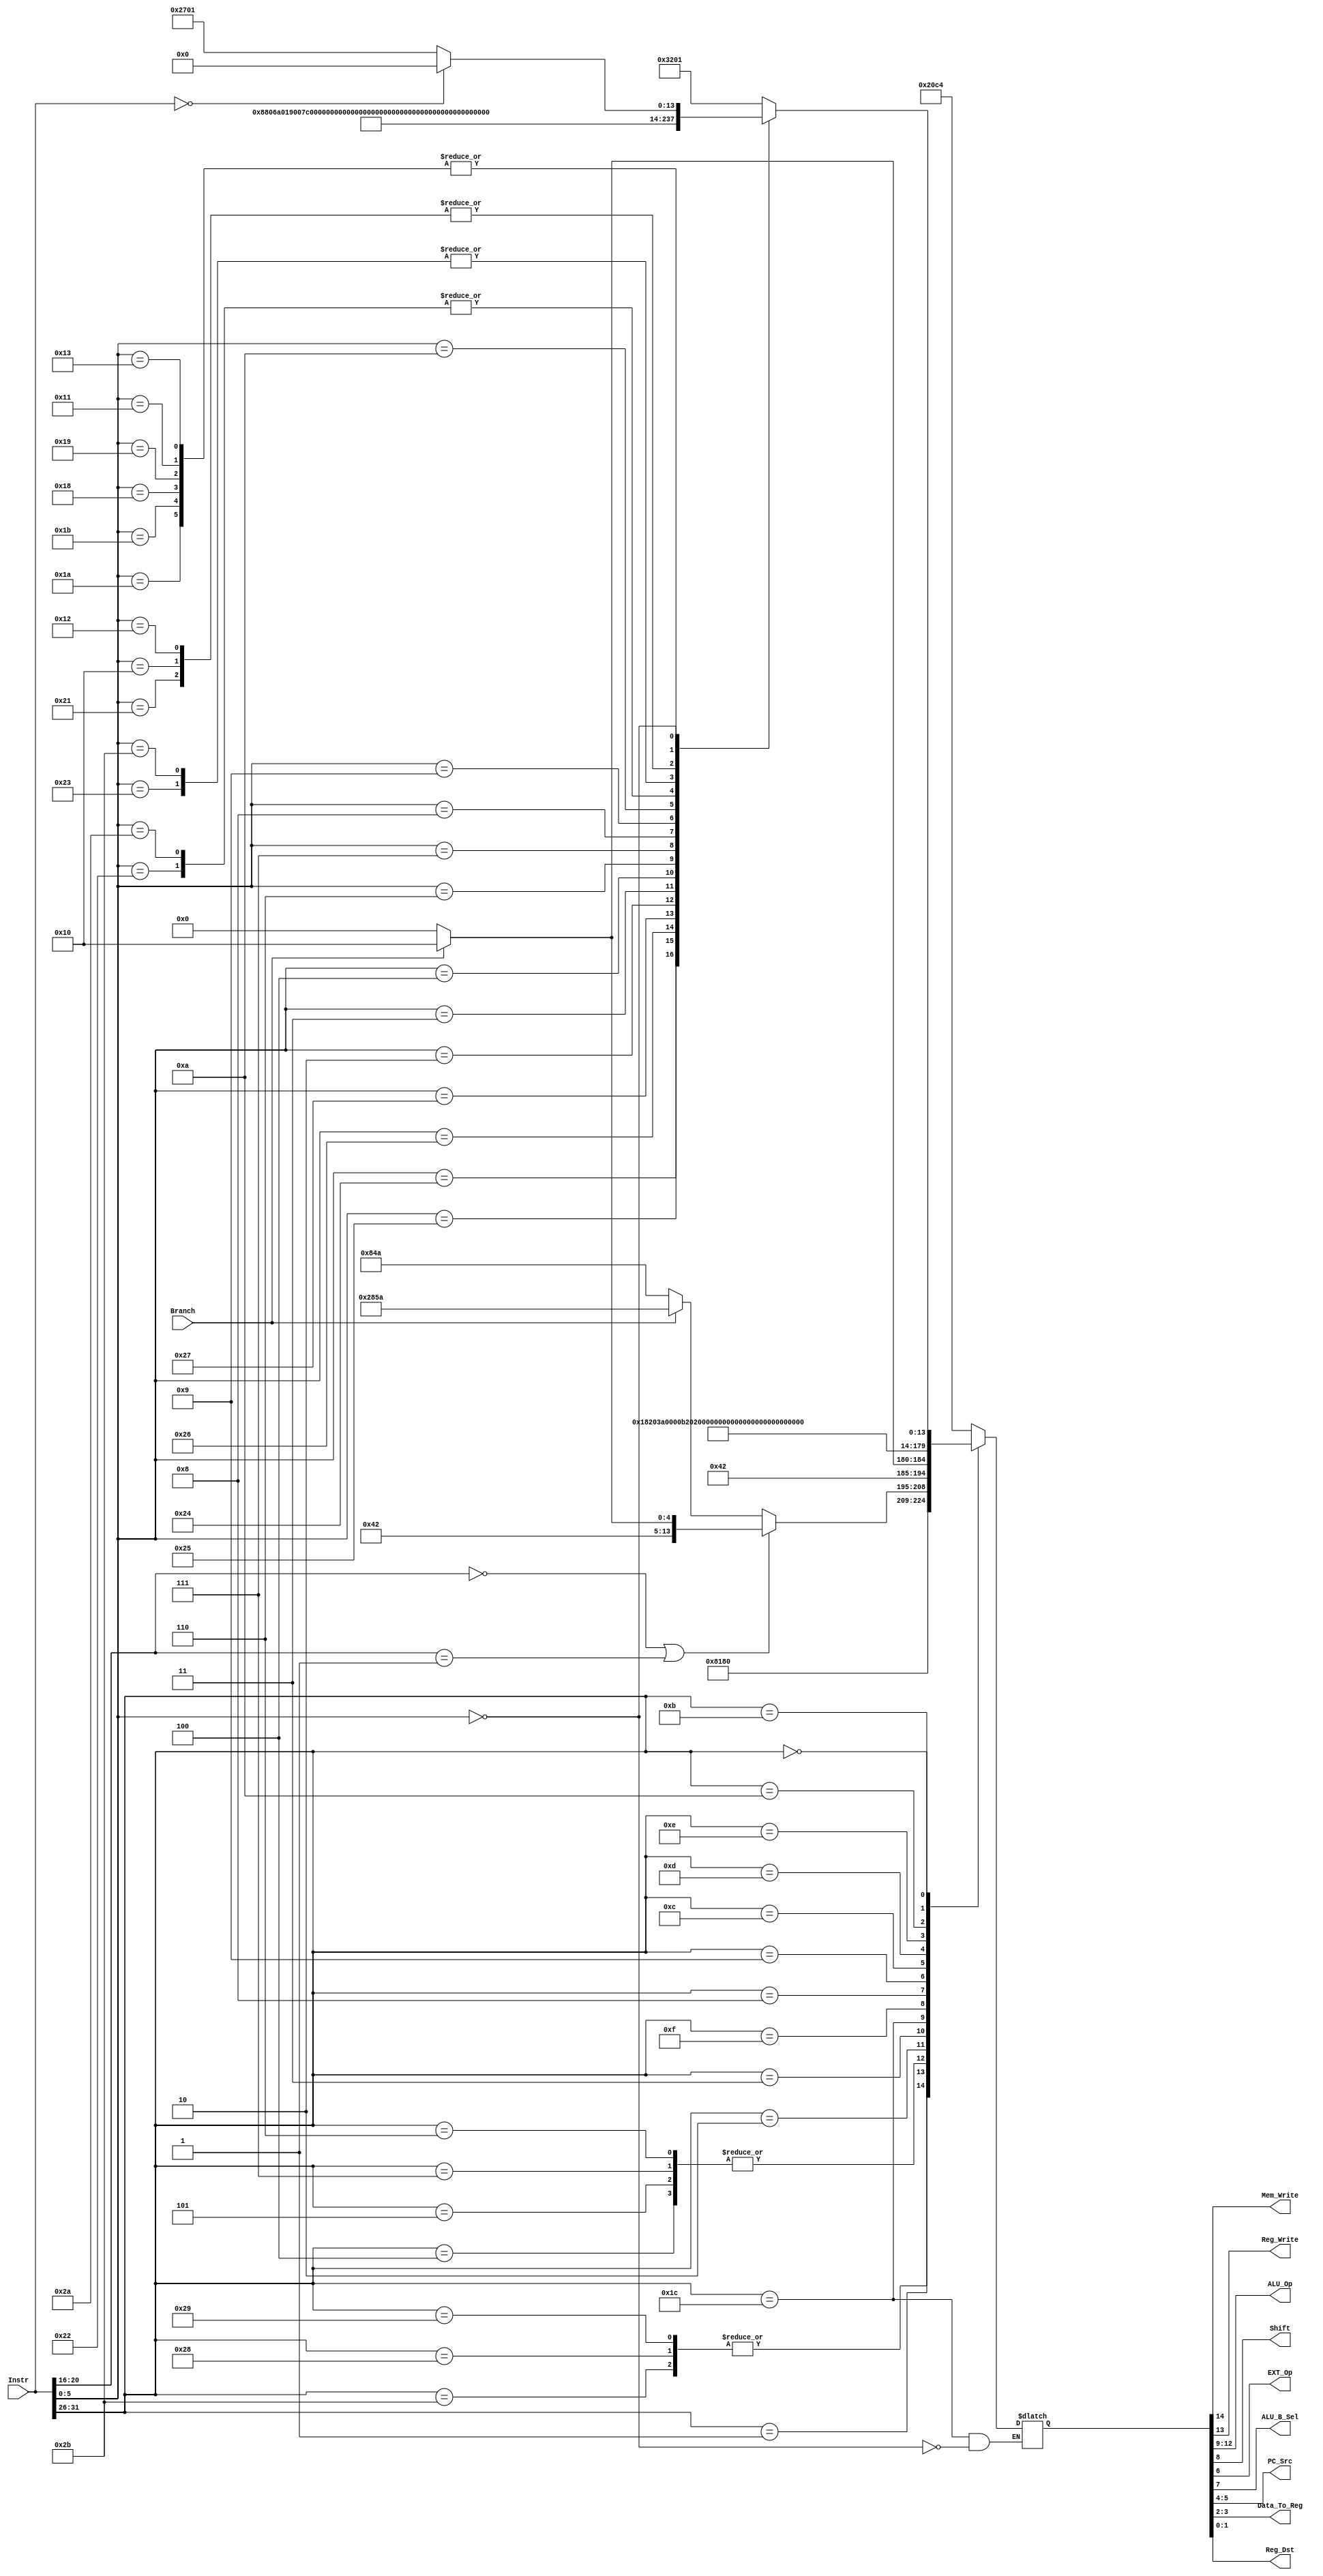
`timescale 1ns / 1ps
//////////////////////////////////////////////////////////////////////////////////
// Company: 
// Engineer: 
// 
// Design Name: 
// Module Name:    ctrl 
// Project Name: 
// Target Devices: 
// Tool versions: 
// Description: 
//
// Dependencies: 
//
// Revision: 
// Revision 0.01 - File Created
// Additional Comments: 
//
//////////////////////////////////////////////////////////////////////////////////
module ctrl(
    input  [31:0] Instr,
    input  Branch,
    output Mem_Write,
    output Reg_Write,
    output [3:0] ALU_Op,
    output Shift,
	 output EXT_Op,
    output ALU_B_Sel,
    output [1:0] PC_Src,
    output [1:0] Data_To_Reg,
    output [1:0] Reg_Dst
    );
	 wire [5:0] Op		= Instr[31:26];
	 wire [5:0] Func	= Instr[5:0];
	 wire [4:0] Id		= Instr[20:16];
	 reg [14:0] control;
	 assign {Mem_Write,Reg_Write,ALU_Op,Shift,ALU_B_Sel, EXT_Op, PC_Src, Data_To_Reg, Reg_Dst} = control;
	 always @(*) begin
		case(Op)
			6'b100011 : control <= 15'b0_1_0000_0_1_1_00_01_00;//lw
			6'b100000 : control <= 15'b0_1_0000_0_1_1_00_01_00;//lb
			6'b100100 : control <= 15'b0_1_0000_0_1_1_00_01_00;//lbu
			6'b100001 : control <= 15'b0_1_0000_0_1_1_00_01_00;//lh
			6'b100101 : control <= 15'b0_1_0000_0_1_1_00_01_00;//lhu
			6'b101011 : control <= 15'b1_0_0000_0_1_1_00_00_00;//sw
			6'b101000 : control <= 15'b1_0_0000_0_1_1_00_00_00;//sb
			6'b101001 : control <= 15'b1_0_0000_0_1_1_00_00_00;//sh
			
			
			6'b000100 : begin
						  if(Branch) 
								control <= 15'b0_0_0100_0_0_1_01_00_00;
					     else   
								control <= 15'b0_0_0100_0_0_1_00_00_00; //beq
						  end
			6'b000101 :if(Branch) control <= 15'b0_0_0100_0_0_1_01_00_00; 
						  else   control <= 15'b0_0_0100_0_0_1_00_00_00; //bne
			6'b000111 :if(Branch) control <= 15'b0_0_0100_0_0_1_01_00_00; 
						  else   control <= 15'b0_0_0100_0_0_1_00_00_00; //bgtz 
			6'b000001 : begin
				if(Id == 5'b00000 || Id == 5'b00001) begin
							if(Branch) 
								control <= 15'b0_0_0100_0_0_1_01_00_00; 
					      else   
								control <= 15'b0_0_0100_0_0_1_00_00_00; //bgez & bltz
				end
				else
							if(Branch) 
								control <= 15'b0_1_0100_0_0_1_01_10_10; 
					      else   
								control <= 15'b0_0_0100_0_0_1_00_10_10; //bgezal & bltzal
				end
			6'b000110 :if(Branch) control <= 15'b0_0_0100_0_0_1_01_00_00; 
					     else   control <= 15'b0_0_0100_0_0_1_00_00_00; //blez
	
					
			//Mem_Write,Reg_Write,ALU_Op,Shift,ALU_B_Sel, EXT_Op, PC_Src, Data_To_Reg, Reg_Dst 
			6'b000010 : control <= 15'b0_0_0000_0_0_0_11_00_00;//j
			6'b000011 : control <= 15'b0_1_0000_0_0_0_11_10_10;//jal
			
			6'b011100 : begin 
								if(Func==6'b000000) control <= 15'b0_0_0000_0_0_0_00_00_00;//madd
							end
			
			
			6'b001111 : control <= 15'b0_1_0110_0_1_0_00_00_00;//lui
			6'b001000 : control <= 15'b0_1_1001_0_1_1_00_00_00;//addi
			6'b001001 : control <= 15'b0_1_0000_0_1_1_00_00_00;//addiu
			6'b001100 : control <= 15'b0_1_0001_0_1_0_00_00_00;//andi
			6'b001101 : control <= 15'b0_1_0101_0_1_0_00_00_00;//ori
			6'b001110 : control <= 15'b0_1_0010_0_1_0_00_00_00;//xori
			
			6'b001010 : control <= 15'b0_1_0100_0_1_1_00_00_00;//slti
		   6'b001011 : control <= 15'b0_1_1000_0_1_1_00_00_00;//sltiu
			
			
			6'b000000 : //R
			    begin
					case(Func)
					   //Mem_Write,Reg_Write,ALU_Op,Shift,ALU_B_Sel, EXT_Op, PC_Src, Data_To_Reg, Reg_Dst 
					   
						6'b100000 : control <= 15'b0_1_1001_0_0_0_00_00_01;//add
						6'b100001 : control <= 15'b0_1_0000_0_0_0_00_00_01;//addu
						6'b100010 : control <= 15'b0_1_0100_0_0_0_00_00_01;//sub
						6'b100011 : control <= 15'b0_1_1000_0_0_0_00_00_01;//subu
						6'b100100 : control <= 15'b0_1_0001_0_0_0_00_00_01;//and
						6'b100101 : control <= 15'b0_1_0101_0_0_0_00_00_01;//or
						6'b100110 : control <= 15'b0_1_0010_0_0_0_00_00_01;//xor						
						6'b100111 : control <= 15'b0_1_1110_0_0_0_00_00_01;//nor
						
						
						6'b000010 : control <= 15'b0_1_0111_1_0_0_00_00_01;//srl
						6'b000011 : control <= 15'b0_1_1111_1_0_0_00_00_01;//sra
						6'b000100 : control <= 15'b0_1_0011_0_0_0_00_00_01;//sllv
						6'b000110 : control <= 15'b0_1_0111_0_0_0_00_00_01;//srlv
						6'b000111 : control <= 15'b0_1_1111_0_0_0_00_00_01;//srav
						6'b000010 : control <= 15'b0_1_1100_1_0_0_00_00_01;//rotr
						//Mem_Write,Reg_Write,ALU_Op,Shift,ALU_B_Sel, EXT_Op, PC_Src, Data_To_Reg, Reg_Dst 
						
						6'b001000 : control <= 15'b0_0_0000_0_0_0_10_00_00;//jr
						6'b001001 : control <= 15'b0_1_0000_0_0_0_10_10_01;//jalr
						
						6'b001010 : control <= 15'b0_0_1011_0_0_0_00_00_01;//movz
						
						6'b101010 : control <= 15'b0_1_0100_0_0_0_00_00_01;//slt
						6'b101011 : control <= 15'b0_1_1000_0_0_0_00_00_01;//sltu
						
						
						6'b011010 : control <= 15'b0_0_0000_0_0_0_00_00_00;//div
						6'b011011 : control <= 15'b0_0_0000_0_0_0_00_00_00;//divu
						6'b011000 : control <= 15'b0_0_0000_0_0_0_00_00_00;//mult
						6'b011001 : control <= 15'b0_0_0000_0_0_0_00_00_00;//multu
						6'b010000 : control <= 15'b0_1_0000_0_0_0_00_00_01;//mfhi
						6'b010010 : control <= 15'b0_1_0000_0_0_0_00_00_01;//mflo
						6'b010001 : control <= 15'b0_0_0000_0_0_0_00_00_00;//mthi
						6'b010011 : control <= 15'b0_0_0000_0_0_0_00_00_00;//mtlo
						6'b000000 : begin
						if(Instr == 32'b0)
							control <= 15'b0_0_0000_0_0_0_00_00_00;//nop
						else
							control <= 15'b0_1_0011_1_0_0_00_00_01;//sll
						end
						default : control <= 15'bx;
						
				endcase
			end
		default : control <= 15'bx;
		endcase
	end
endmodule